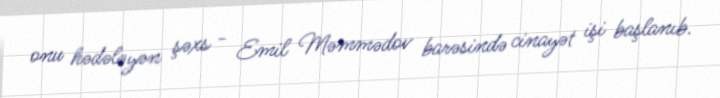
onu hədələyən şəxs - Emil Məmmədov barəsində cinayət işi başlanıb.